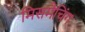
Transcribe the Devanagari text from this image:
मिसमैचिंग